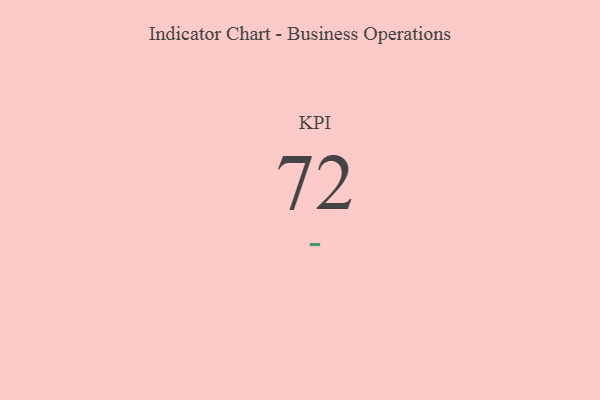
{"axis": {"x": "KPI", "y": "Value"}, "legend": [""], "data": [{"x": "KPI", "y": 72, "type": ""}]}